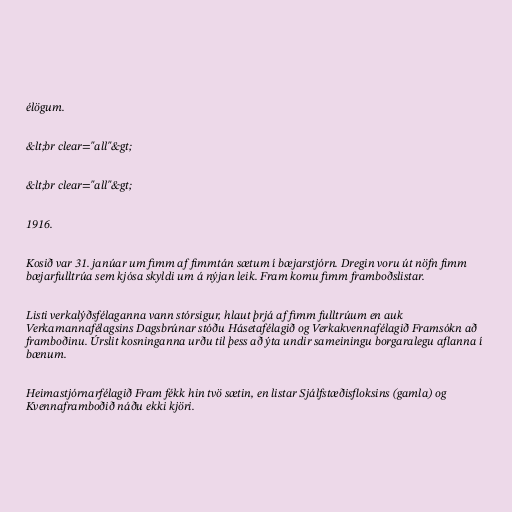
élögum.

&lt;br clear="all"&gt;

&lt;br clear="all"&gt;

1916.

Kosið var 31. janúar um fimm af fimmtán sætum í bæjarstjórn. Dregin voru út nöfn fimm
bæjarfulltrúa sem kjósa skyldi um á nýjan leik. Fram komu fimm framboðslistar.

Listi verkalýðsfélaganna vann stórsigur, hlaut þrjá af fimm fulltrúum en auk
Verkamannafélagsins Dagsbrúnar stóðu Hásetafélagið og Verkakvennafélagið Framsókn að
framboðinu. Úrslit kosninganna urðu til þess að ýta undir sameiningu borgaralegu aflanna í
bænum.

Heimastjórnarfélagið Fram fékk hin tvö sætin, en listar Sjálfstæðisfloksins (gamla) og
Kvennaframboðið náðu ekki kjöri.